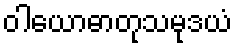
ဝါယောဓာတုသမုဒယံ